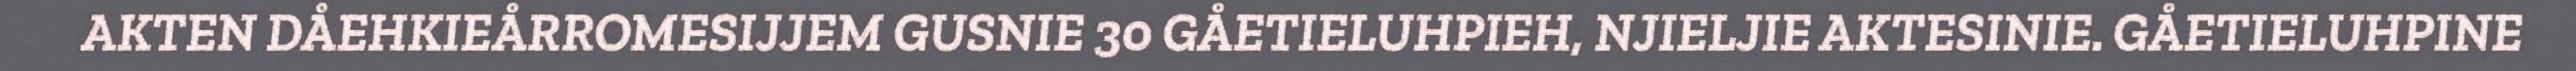
AKTEN DÅEHKIEÅRROMESIJJEM GUSNIE 30 GÅETIELUHPIEH, NJIELJIE AKTESINIE. GÅETIELUHPINE